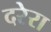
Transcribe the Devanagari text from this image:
दरेरा